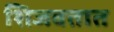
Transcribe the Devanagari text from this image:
शिजवतात